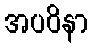
အပဝိနာ